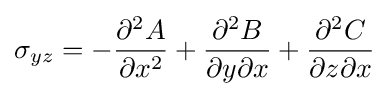
\sigma _{yz}=-{\frac {\partial ^{2}A}{\partial x^{2}}}+{\frac {\partial ^{2}B}{\partial y\partial x}}+{\frac {\partial ^{2}C}{\partial z\partial x}}